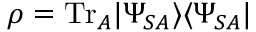
\rho = \mathrm { T r } _ { A } | \Psi _ { S A } \rangle \langle \Psi _ { S A } |